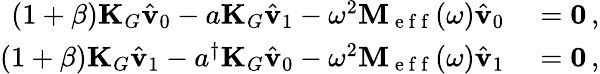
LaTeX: \begin{array}{rl}{(1+\beta)\mathbf{K}_{G}\hat{\mathbf{v}}_{0}-a\mathbf{K}_{G}\hat{\mathbf{v}}_{1}-\omega^{2}\mathbf{M}_{\mathrm{~e~f~f~}}(\omega)\hat{\mathbf{v}}_{0}}&{{}=\mathbf{0}\, ,}\\ {(1+\beta)\mathbf{K}_{G}\hat{\mathbf{v}}_{1}-a^{\dagger}\mathbf{K}_{G}\hat{\mathbf{v}}_{0}-\omega^{2}\mathbf{M}_{\mathrm{~e~f~f~}}(\omega)\hat{\mathbf{v}}_{1}}&{{}=\mathbf{0}\, ,}\end{array}